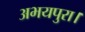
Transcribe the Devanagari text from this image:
अभयपुरा।